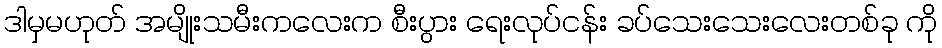
ဒါမှမဟုတ် အမျိုးသမီးကလေးက စီးပွား ရေးလုပ်ငန်း ခပ်သေးသေးလေးတစ်ခု ကို